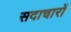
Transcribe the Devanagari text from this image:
सदाचारों